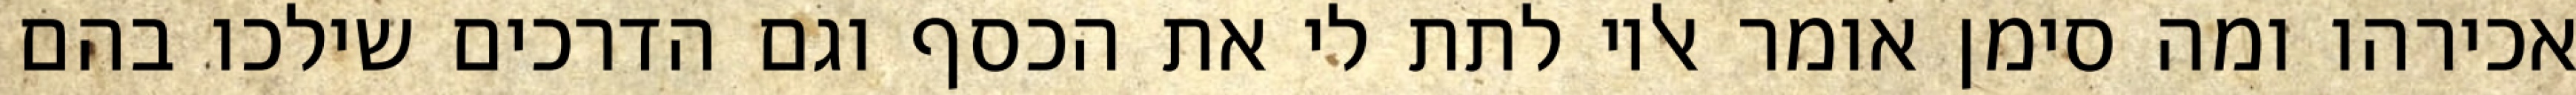
אכירהו ומה סימן אומר אליו לתת לי את הכסף וגם הדרכים שילכו בהם